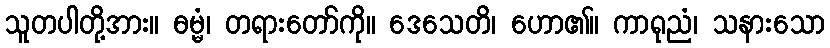
သူတပါတို့အား။ ဓမ္မံ၊ တရားတော်ကို။ ဒေသေတိ၊ ဟော၏။ ကာရုညံ၊ သနားသော